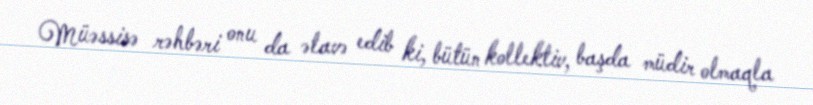
Müəssisə rəhbəri onu da əlavə edib ki, bütün kollektiv, başda müdir olmaqla